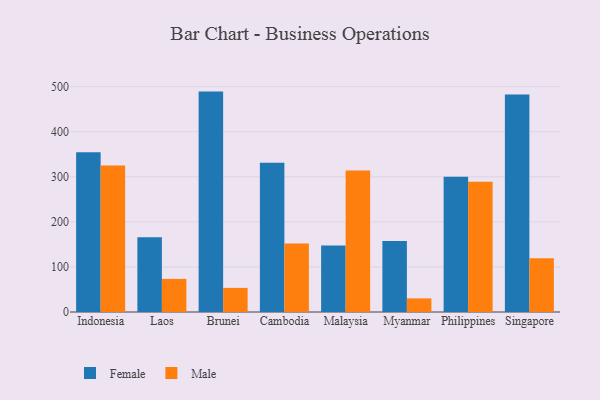
{"axis": {"x": "Country", "y": "Customer Acquisition Cost (USD)"}, "legend": ["Female", "Male"], "data": [{"x": "Indonesia", "y": 354.3, "type": "Female"}, {"x": "Indonesia", "y": 324.9, "type": "Male"}, {"x": "Laos", "y": 165.9, "type": "Female"}, {"x": "Laos", "y": 73.4, "type": "Male"}, {"x": "Brunei", "y": 489.1, "type": "Female"}, {"x": "Brunei", "y": 53.5, "type": "Male"}, {"x": "Cambodia", "y": 331.4, "type": "Female"}, {"x": "Cambodia", "y": 151.8, "type": "Male"}, {"x": "Malaysia", "y": 147.6, "type": "Female"}, {"x": "Malaysia", "y": 313.9, "type": "Male"}, {"x": "Myanmar", "y": 157.6, "type": "Female"}, {"x": "Myanmar", "y": 30.2, "type": "Male"}, {"x": "Philippines", "y": 299.9, "type": "Female"}, {"x": "Philippines", "y": 288.8, "type": "Male"}, {"x": "Singapore", "y": 482.7, "type": "Female"}, {"x": "Singapore", "y": 119.1, "type": "Male"}]}